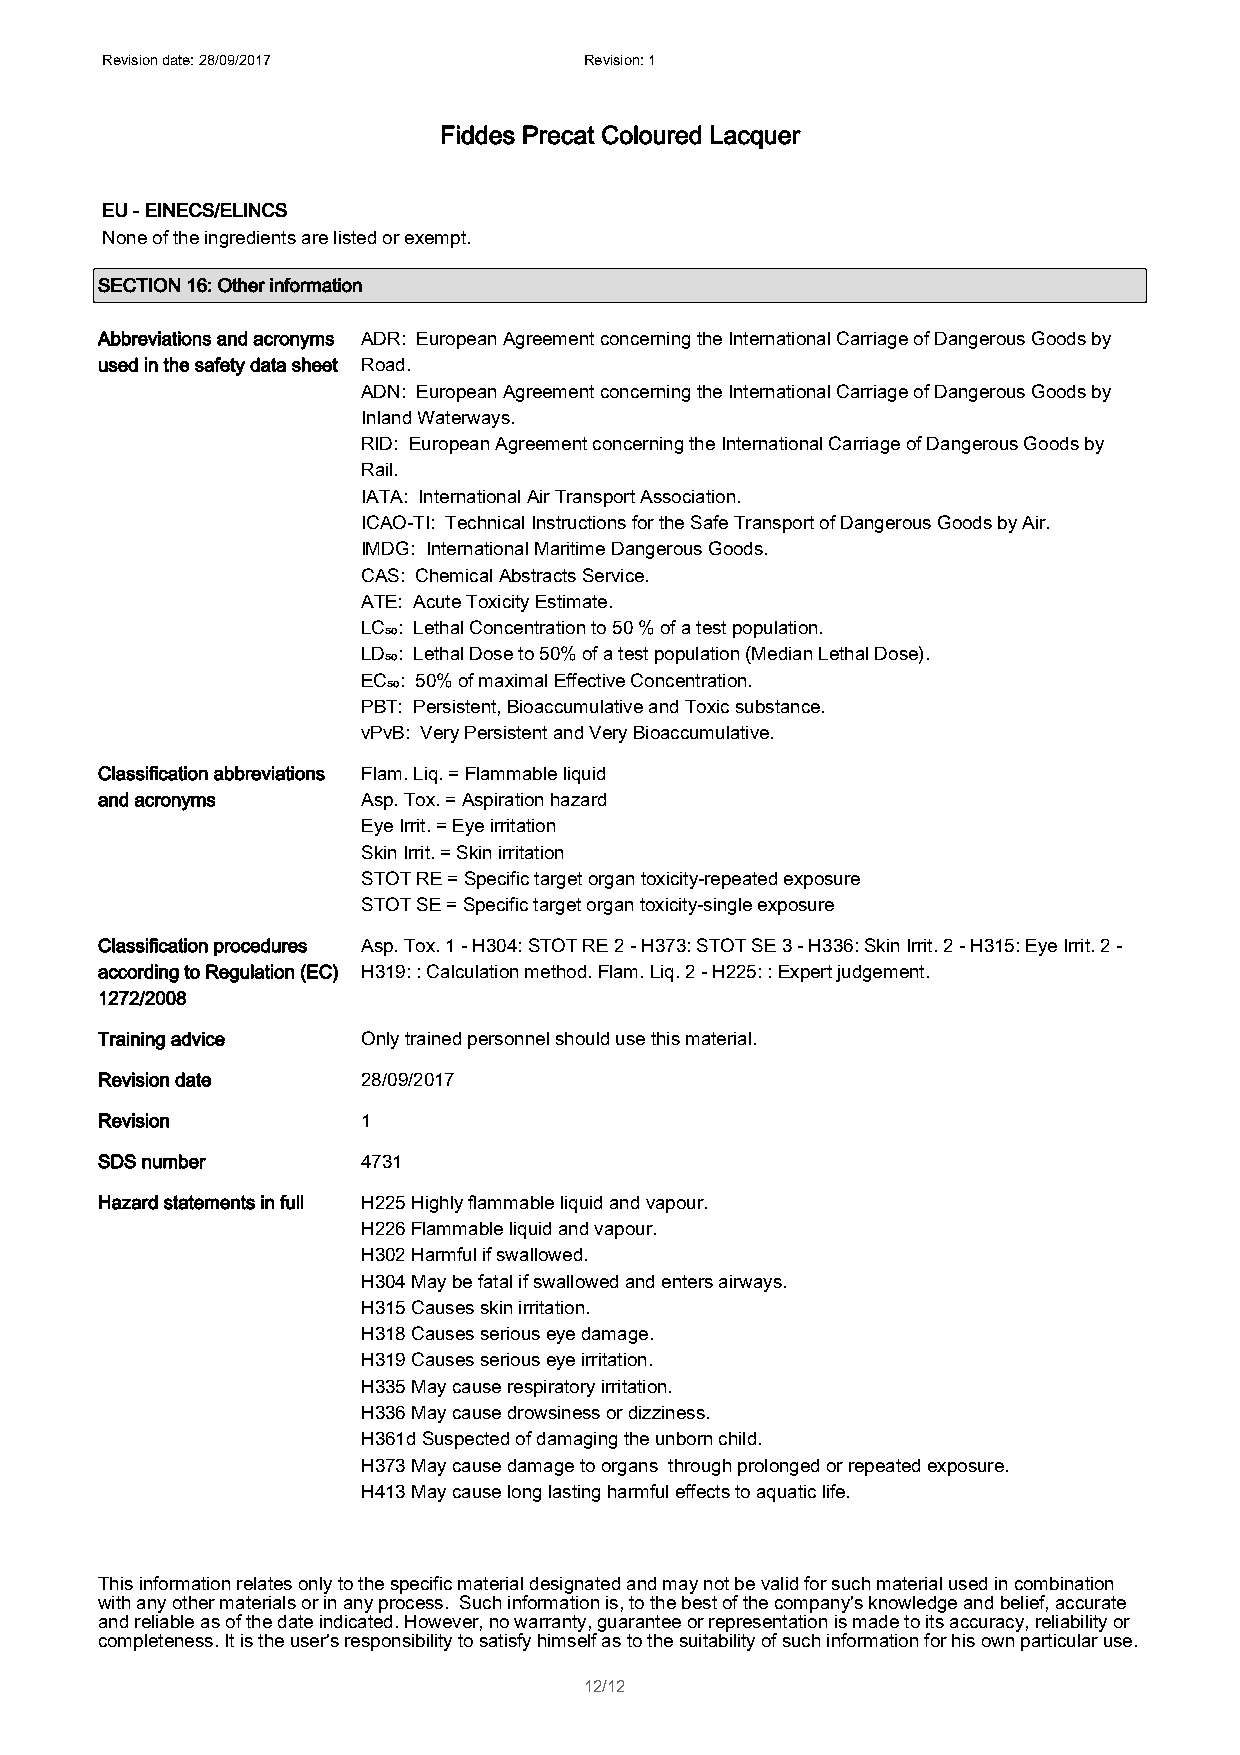
Revision date: 28/09/2017       Revision: 1
 Fiddes Precat Coloured Lacquer
 EU - EINECS/ELINCS
 None of the ingredients are listed or exempt.
 SECTION 16: Other information
 Abbreviations and acronyms ADR: European Agreement concerning the International Carriage of Dangerous Goods by
 used in the safety data sheet Road.
 ADN: European Agreement concerning the International Carriage of Dangerous Goods by
 Inland Waterways.
 RID: European Agreement concerning the International Carriage of Dangerous Goods by
 Rail.
 IATA: International Air Transport Association.
 ICAO-TI: Technical Instructions for the Safe Transport of Dangerous Goods by Air.
 IMDG: International Maritime Dangerous Goods.
 CAS: Chemical Abstracts Service.
 ATE: Acute Toxicity Estimate.
 LC₅₀: Lethal Concentration to 50 % of a test population.
 LD₅₀: Lethal Dose to 50% of a test population (Median Lethal Dose).
 EC₅₀: 50% of maximal Effective Concentration.
 PBT: Persistent, Bioaccumulative and Toxic substance.
 vPvB: Very Persistent and Very Bioaccumulative.
 Classification abbreviations Flam. Liq. = Flammable liquid
 and acronyms      Asp. Tox. = Aspiration hazard
 Eye Irrit. = Eye irritation
 Skin Irrit. = Skin irritation
 STOT RE = Specific target organ toxicity-repeated exposure
 STOT SE = Specific target organ toxicity-single exposure
 Classification procedures Asp. Tox. 1 - H304: STOT RE 2 - H373: STOT SE 3 - H336: Skin Irrit. 2 - H315: Eye Irrit. 2 -
 according to Regulation (EC) H319: : Calculation method. Flam. Liq. 2 - H225: : Expert judgement.
 1272/2008
 Training advice   Only trained personnel should use this material.
 Revision date     28/09/2017
 Revision          1
 SDS number        4731
 Hazard statements in full H225 Highly flammable liquid and vapour.
 H226 Flammable liquid and vapour.
 H302 Harmful if swallowed.
 H304 May be fatal if swallowed and enters airways.
 H315 Causes skin irritation.
 H318 Causes serious eye damage.
 H319 Causes serious eye irritation.
 H335 May cause respiratory irritation.
 H336 May cause drowsiness or dizziness.
 H361d Suspected of damaging the unborn child.
 H373 May cause damage to organs through prolonged or repeated exposure.
 H413 May cause long lasting harmful effects to aquatic life.
 This information relates only to the specific material designated and may not be valid for such material used in combination
 with any other materials or in any process. Such information is, to the best of the company's knowledge and belief, accurate
 and reliable as of the date indicated. However, no warranty, guarantee or representation is made to its accuracy, reliability or
 completeness. It is the user's responsibility to satisfy himself as to the suitability of such information for his own particular use.
 12/12